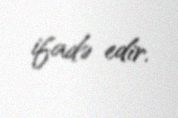
ifadə edir.